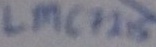
Text: LMC7215